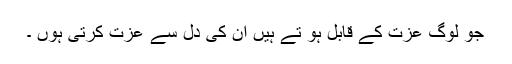
جو لوگ عزت کے قابل ہو تے ہیں ان کی دل سے عزت کرتی ہوں ۔